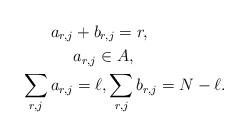
LaTeX: \begin{align*}\!\!a_{r,j}&+b_{r,j}=r,\\ &a_{r,j}\in A, \\\sum_{r,j}a_{r,j}&=\ell,\sum_{r,j}b_{r,j}=N-\ell.\end{align*}